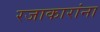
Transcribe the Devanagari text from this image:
रजाकारांना